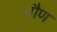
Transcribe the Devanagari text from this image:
यौण